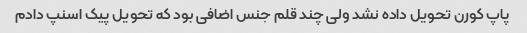
پاپ کورن تحویل داده نشد ولی چند قلم جنس اضافی بود که تحویل پیک اسنپ دادم